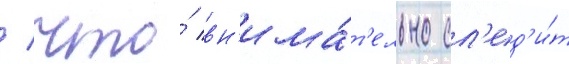
/ что́ вн'има́т'ельно сл'ед'и́т